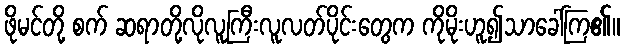
ဖိုမင်တို့ စက် ဆရာတို့လိုလူကြီးလူလတ်ပိုင်းတွေက ကိုမိုးဟူ၍သာခေါ်ကြ၏။